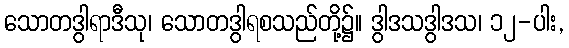
သောတဒွါရာဒီသု၊ သောတဒွါရစသည်တို့၌။ ဒွါဒသဒွါဒသ၊ ၁၂-ပါး,